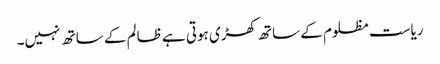
ریاست مظلوم کے ساتھ کھڑی ہوتی ہے ظالم کے ساتھ نہیں۔